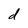
Character: d